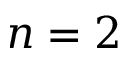
n = 2